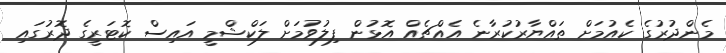
މެންދުރުގެ ކެއުމަށް ތައްޔާރުކުރާނެ އެއްޗެއް އޮޅުން ފިލުވުމަށް ލަކްޝްމީ އައިސް ކޮޓަރީގެ ދޮރުގައި